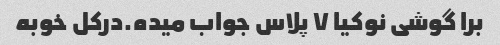
برا گوشی نوکیا ۷ پلاس جواب میده.درکل خوبه